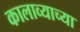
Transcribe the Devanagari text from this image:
कालाव्याच्या